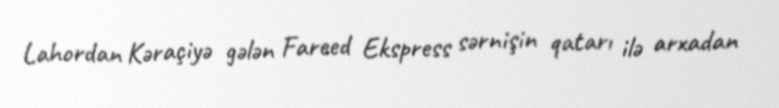
Lahordan Kəraçiyə gələn Fareed Ekspress sərnişin qatarı ilə arxadan